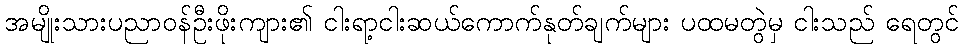
အမျိုးသားပညာဝန်ဦးဖိုးကျား၏ ငါးရာ့ငါးဆယ်ကောက်နုတ်ချက်များ ပထမတွဲမှ ငါးသည် ရေတွင်